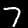
Digit: 7